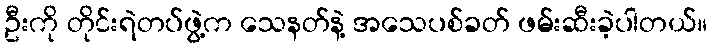
ဦးကို တိုင်းရဲတပ်ဖွဲ့က သေနတ်နဲ့ အသေပစ်ခတ် ဖမ်းဆီးခဲ့ပါတယ်။